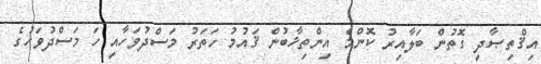
އިޤްތިޞާދީ ގޮތުން ބަލާއިރު ކޮންމެ އިންތިޚާބުން ޤައުމު ހަތަރު މަސްދުވަހާއި ހަ މަސްދުވަހުގެ